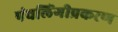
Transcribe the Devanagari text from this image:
पंचलिंगीप्रकरण